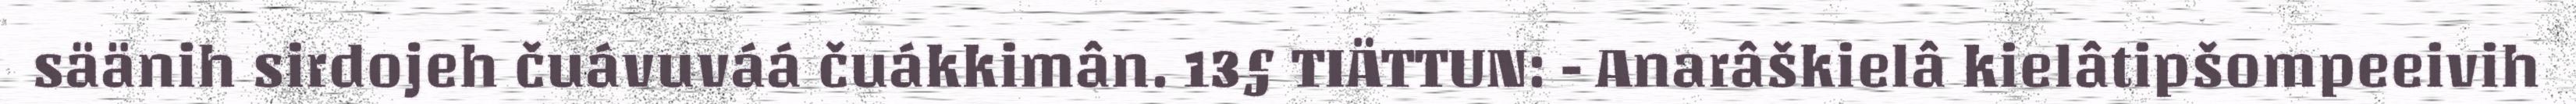
säänih sirdojeh čuávuváá čuákkimân. 13§ TIÄTTUN: - Anarâškielâ kielâtipšompeeivih